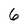
Character: 6